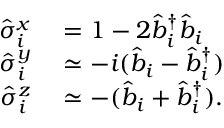
\begin{array} { r l } { \hat { \sigma } _ { i } ^ { x } } & { { } = 1 - 2 \hat { b } _ { i } ^ { \dagger } \hat { b } _ { i } } \\ { \hat { \sigma } _ { i } ^ { y } } & { { } \simeq - i ( \hat { b } _ { i } - \hat { b } _ { i } ^ { \dagger } ) } \\ { \hat { \sigma } _ { i } ^ { z } } & { { } \simeq - ( \hat { b } _ { i } + \hat { b } _ { i } ^ { \dagger } ) . } \end{array}